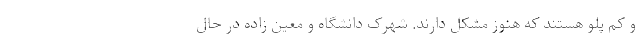
و کم پلو هستند که هنوز مشکل دارند. شهرک دانشگاه و معین زاده در حال